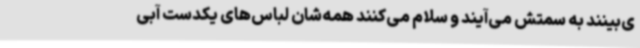
ی‌بینند به سمتش می‌آیند و سلام می‌کنند همه‌شان لباس‌های یکدست آبی